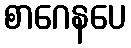
စာဂေနပေ